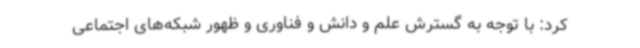
کرد: با توجه به گسترش علم و دانش و فناوری و ظهور شبکه‌های اجتماعی